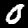
Digit: 0